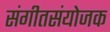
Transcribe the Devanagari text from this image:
संगीतसंयोजक